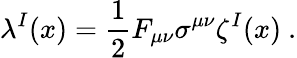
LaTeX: \lambda^{I}(x)=\frac{1}{2}F_{\mu\nu}\sigma^{\mu\nu}\zeta^{I}(x)\ .